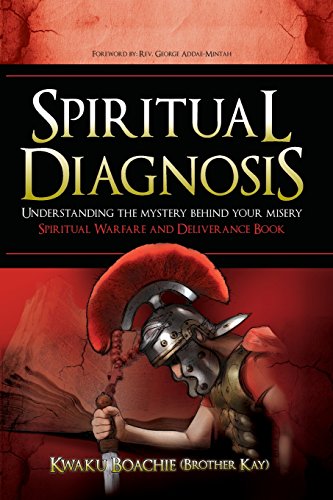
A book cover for Spiritual Diagnosis: Understanding the Mystery Behind Your Misery - Spiritual Warfare and Deliverance Book; Kwaku Boachie (Brother Kay); Religion & Spirituality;